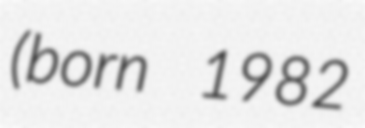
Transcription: (born 1982